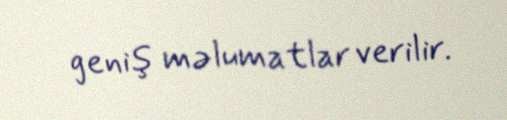
geniş məlumatlar verilir.